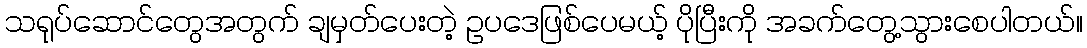
သရုပ်ဆောင်တွေအတွက် ချမှတ်ပေးတဲ့ ဥပဒေဖြစ်ပေမယ့် ပိုပြီးကို အခက်တွေ့သွားစေပါတယ်။